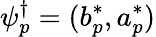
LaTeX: \psi_{p}^{\dagger}=(b_{p}^{*},a_{p}^{*})